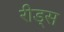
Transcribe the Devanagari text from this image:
रीड्स